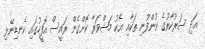
އަދި ސަރުކާރުގެ ކުންފުނި ތަކާއި އެކު މަޝްވަރާ ކޮށްގެން ރައީސް އޮފީހުގައި ކެނޑިނޭޅި